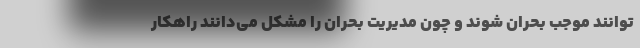
توانند موجب بحران شوند و چون مديريت بحران را مشكل مي‌دانند راهكار